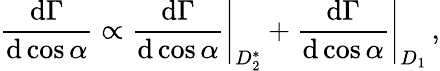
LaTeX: {\frac{\mathrm{d}\Gamma}{\mathrm{d}\cos\alpha}}\propto\left.{\frac{\mathrm{d}\Gamma}{\mathrm{d}\cos\alpha}}\right|_{D_{2}^{*}}+\left.{\frac{\mathrm{d}\Gamma}{\mathrm{d}\cos\alpha}}\right|_{D_{1}}\, ,